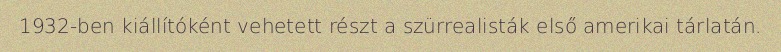
1932-ben kiállítóként vehetett részt a szürrealisták első amerikai tárlatán.